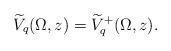
LaTeX: \begin{align*}\widetilde{V}_{q}(\Omega,z)=\widetilde{V}^{+}_{q}(\Omega,z).\end{align*}